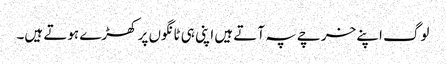
لوگ اپنے خرچے پہ آتے ہیں اپنی ہی ٹانگوں پر کھڑے ہوتے ہیں۔